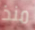
منذ